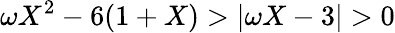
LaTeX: \omega X^{2}-6(1+X)>|\omega X-3|>0